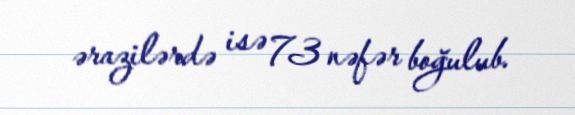
ərazilərdə isə 73 nəfər boğulub.